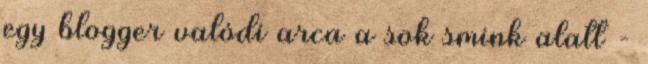
egy blogger valódi arca a sok smink alatt -